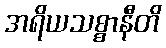
အရိယသစ္စာနီတိ